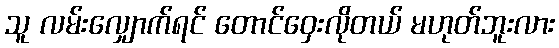
သူ လမ်းလျှောက်ရင် တောင်ဝှေးလိုတယ် မဟုတ်ဘူးလား